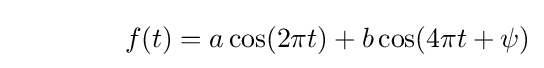
\qquad \qquad f(t)=a\cos(2\pi t)+b\cos(4\pi t+\psi )